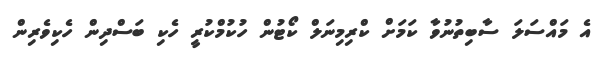
އެ މައްސަލަ ސާބިތުނުވާ ކަމަށް ކްރިމިނަލް ކޯޓުން ހުކުމްކުރީ ހެކި ބަސްދިން ހެކިވެރިން